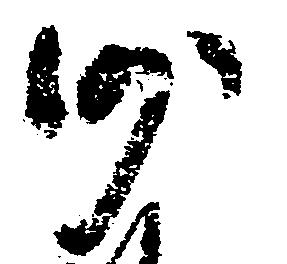
沙